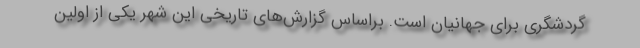
گردشگری برای جهانیان است. براساس گزارش‌های تاریخی این شهر یکی از اولین